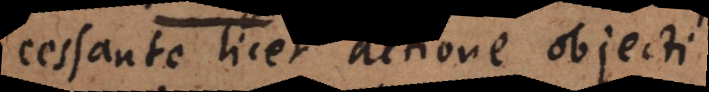
cessante licet actione objecti.